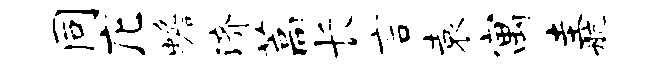
同庀蟾济藁长言袁寓圭航